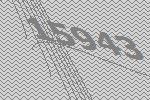
15943